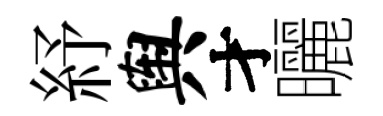
紓舆才曬